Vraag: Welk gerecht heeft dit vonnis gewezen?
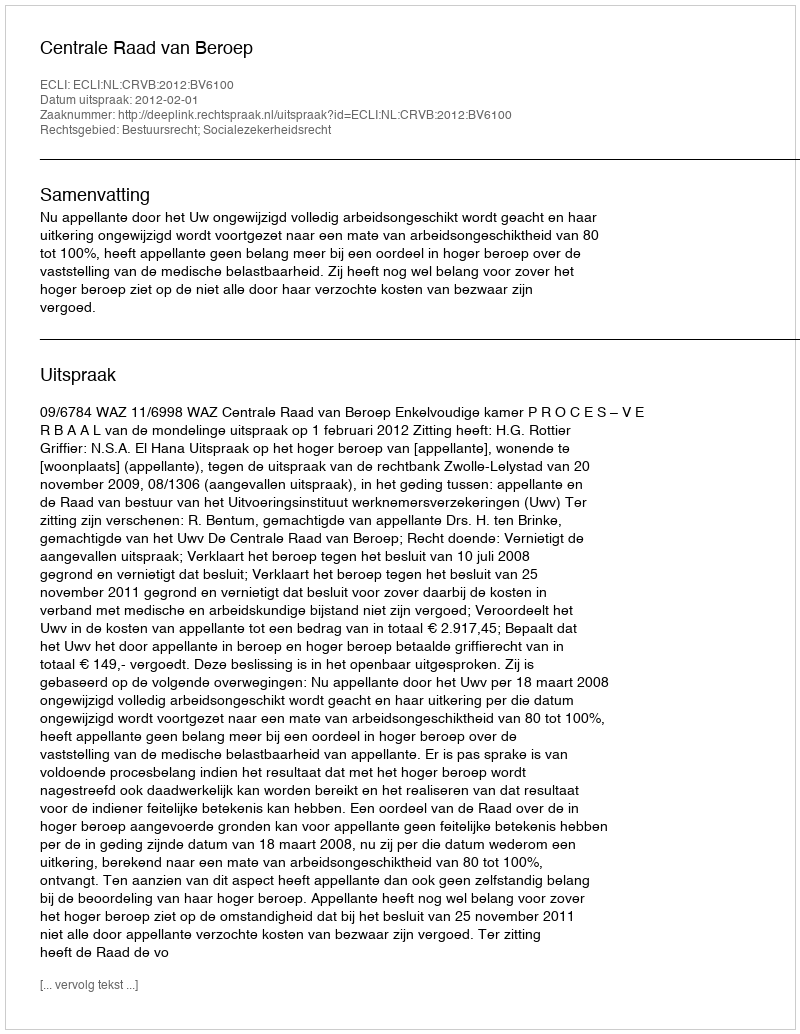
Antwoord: Centrale Raad van Beroep